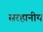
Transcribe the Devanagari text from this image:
सरहानीय